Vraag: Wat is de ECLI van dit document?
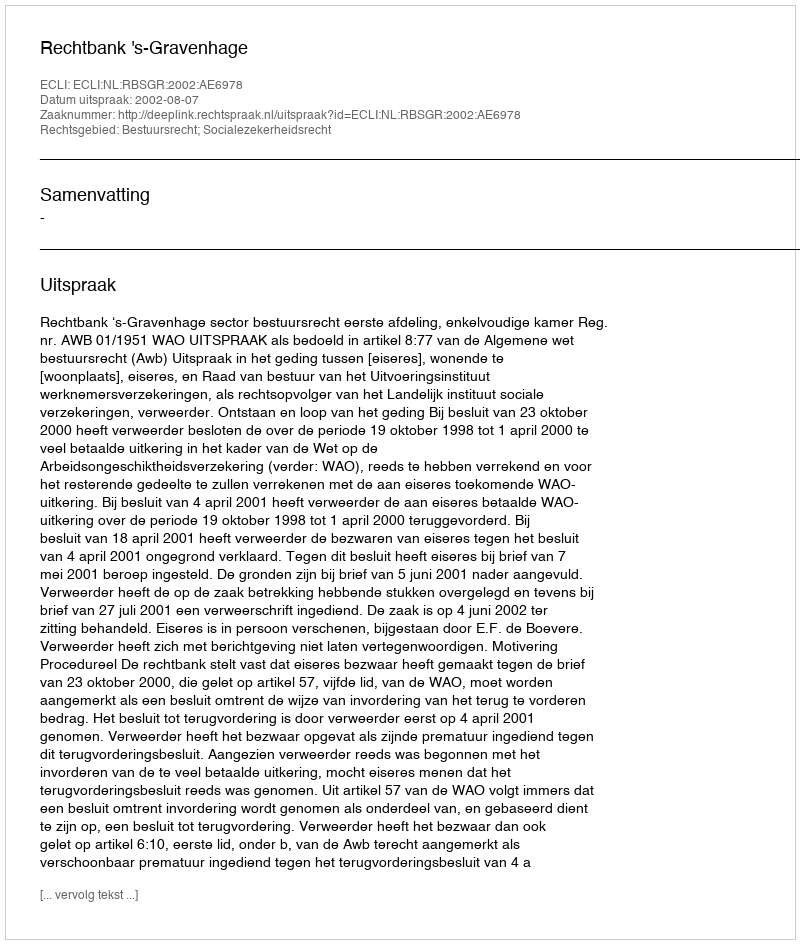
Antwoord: ECLI:NL:RBSGR:2002:AE6978